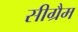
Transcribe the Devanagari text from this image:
सीग्रैम